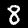
Label: 8